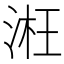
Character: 㳹